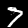
Digit: 7